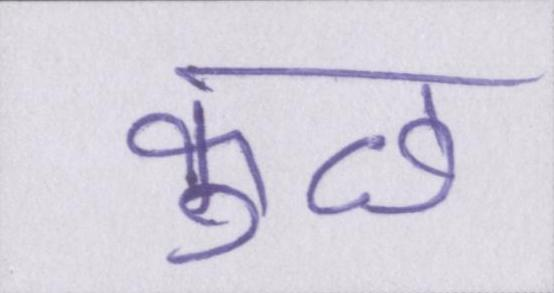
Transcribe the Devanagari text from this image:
कुछ